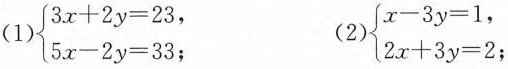
（1）$$\begin{cases}